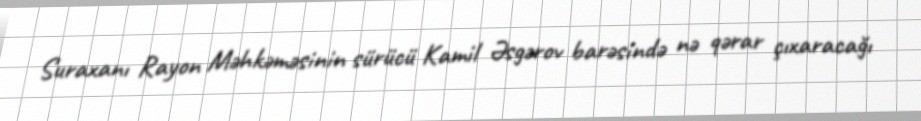
Suraxanı Rayon Məhkəməsinin sürücü Kamil Əsgərov barəsində nə qərar çıxaracağı